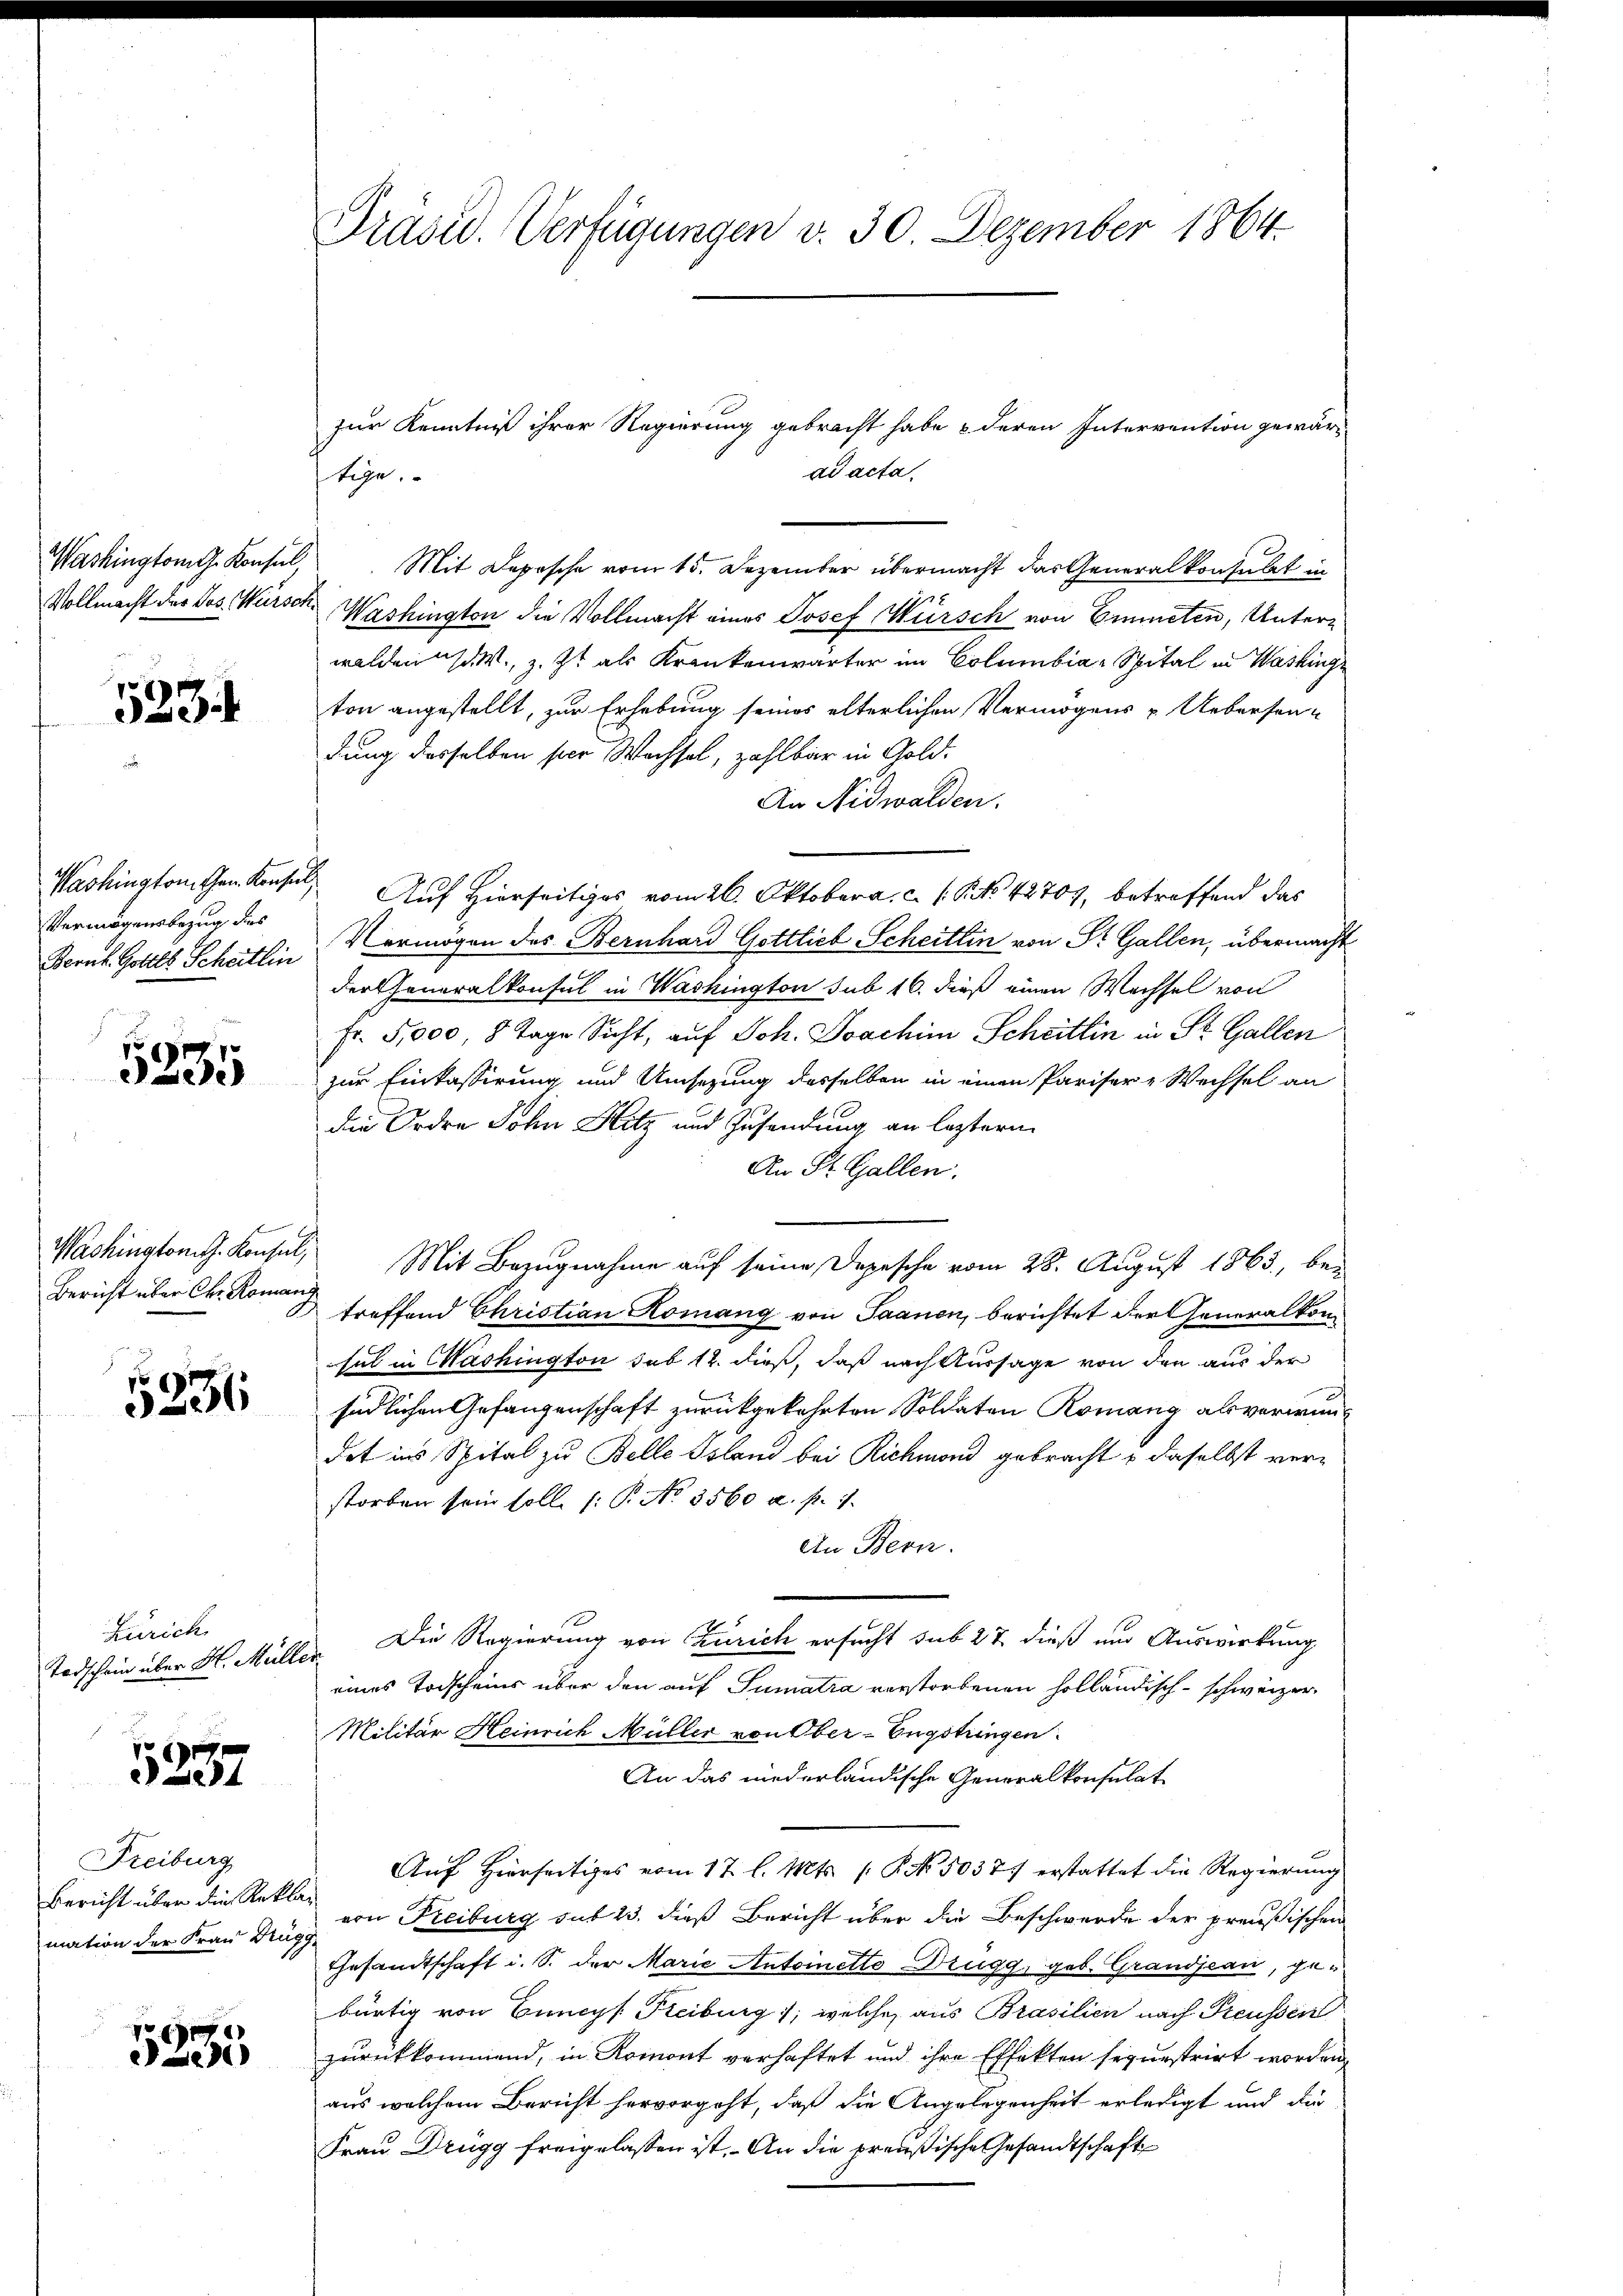
Washington G. Konsul

533

Vermögensbezug des

5235

Bericht über Chr. Romang

5236

Zürich

5237

Freiburg
Bericht über die Reklamation der Frau Drugg

9
3235

Präsid. Verfügungen v. 30. Dezember 1864.

zur Kenntniß ihrer Regierung gebracht habe & deren Intervention gewärad acta.
tige.
Mit Depesche vom 15. Dezember übermacht das Generalkonsulat in
Vollmacht der Jos. Würsch. Washington die Vollmacht eines Josef Würsch von Emmeten, Unterwalden d. M., z. Zt. als Krankenwärter im Columbia-Spital in Washinge
ton angestellt, zur Erhebung seines elterlichen Vermögens u Uebersen-
dung desselben ser Wechsel, zahlbar in Gold-
An Nidwalden.
Washington Kons Auf Hierseitiges vom 26. Oktober a. c. (S. 42707, betreffend das
Bernk Gottes Scheitlin Vermögen des Bernhard Gottlieb Scheitlin von St. Gallen, übermacht
der Generalkonsul in Washington sub 16. dieß einen Wechsel von
Fr. 5,000, 8 Tage Sicht, auf Joh. Joachim Schrittin in St. Gallen
zur Einkassirung und Umsezung desselben in einen Pariser-Wechsel an
die Ordre John Hitz und Zusendung an leztern
An St. Gallen.
Washington. Konsul, Mit Bezugnahme auf seine Depesche vom 28. August 1863, be-
treffend Christian Komang von Saanen, berichtet der Generalkon
sul in Washington sub 12. dieß, daß nach Aussage von den aus der
südlichen Gefangenschaft zurückgekehrten Soldaten Romang als verwundet ins Spital zu Belle Island bei Richmond gebracht u daselbst verstorben sein solle (: P. No. 3560 u. p. 1.
An Bern.
Todschein über H. Müller. Die Regierung von Zürich ersucht sub 27 dieß und Auswirkung
eines Todscheins über den auf Sumatia verstorbenen holländisch-schweizer
Militär Heinrich Müller von Ober-Engstringen
An das niederländische Generalkonsulat
Auf Hierseitiges vom 17. l. Mts. (: P. Nr. 50377 erstattet die Regierung
von Freiburg sub 23. dieß Bericht über die Beschwerde der preußischen
Gesandtschaft i. S. der Marie Antoinetto Brugg, geb. Grandjean, gebürtig von Euncys Freiburg 1; welches aus Brasilien nach Preussen
zurückkommend, in Romont verhaftet und ihre Effekten sequestrirt worden
aus welchem Bericht hervorgeht, daß die Angelegenheit erledigt und die
Frau Drügg freigelassen ist. – An die preußische Gesandtschaft